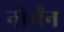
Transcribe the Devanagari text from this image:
नोर्मंन